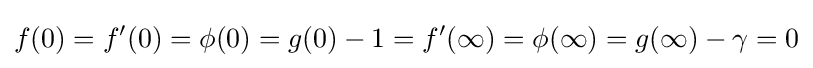
f(0)=f'(0)=\phi (0)=g(0)-1=f'(\infty )=\phi (\infty )=g(\infty )-\gamma =0